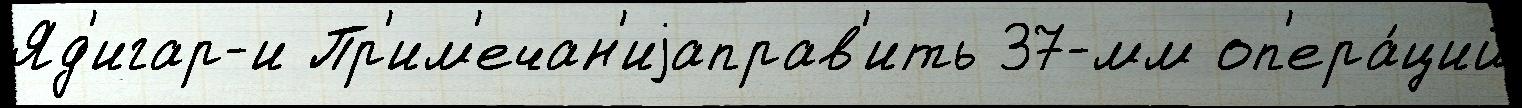
Яд'игар-и Пр'им'ечан'иjаправ'ить 37-мм оп'ера́ций